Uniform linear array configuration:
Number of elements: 4
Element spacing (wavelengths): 0.75
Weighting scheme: binomial
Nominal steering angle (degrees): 0
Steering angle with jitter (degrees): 1.016
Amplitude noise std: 0.05
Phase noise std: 0.05

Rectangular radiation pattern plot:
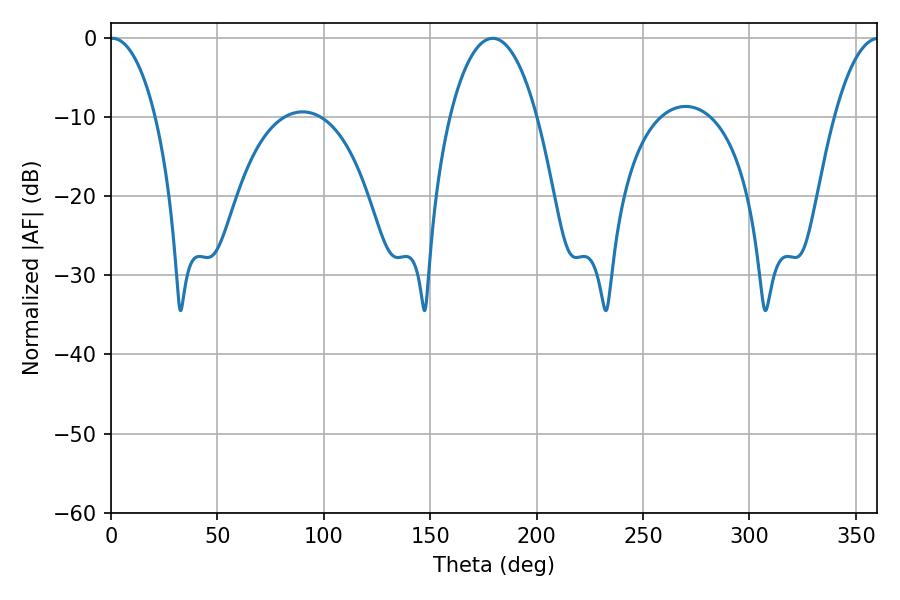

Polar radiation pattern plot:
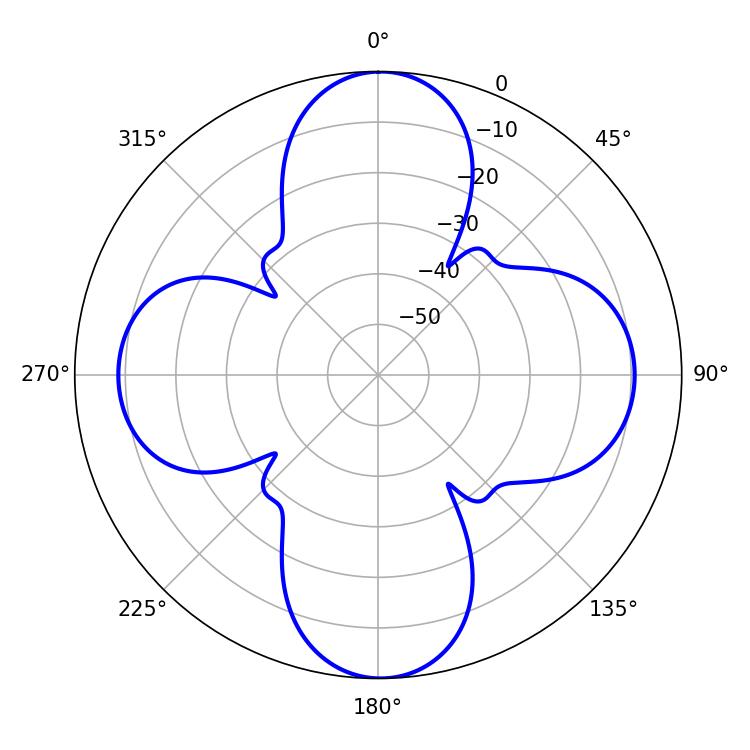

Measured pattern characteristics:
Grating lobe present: TRUE
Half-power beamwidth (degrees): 23.04
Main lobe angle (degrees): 179.28